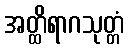
အတ္ထိရာဂသုတ္တံ